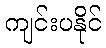
ကျင်းပနိုင်